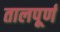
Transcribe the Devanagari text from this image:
तालपूर्ण